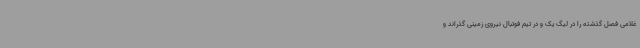
غلامی فصل گذشته را در لیگ یک و در تیم فوتبال نیروی زمینی گذراند و